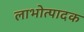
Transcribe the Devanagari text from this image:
लाभोत्पादक